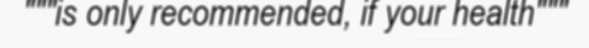
"""is only recommended, if your health"""